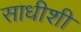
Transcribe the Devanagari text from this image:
साधीशी